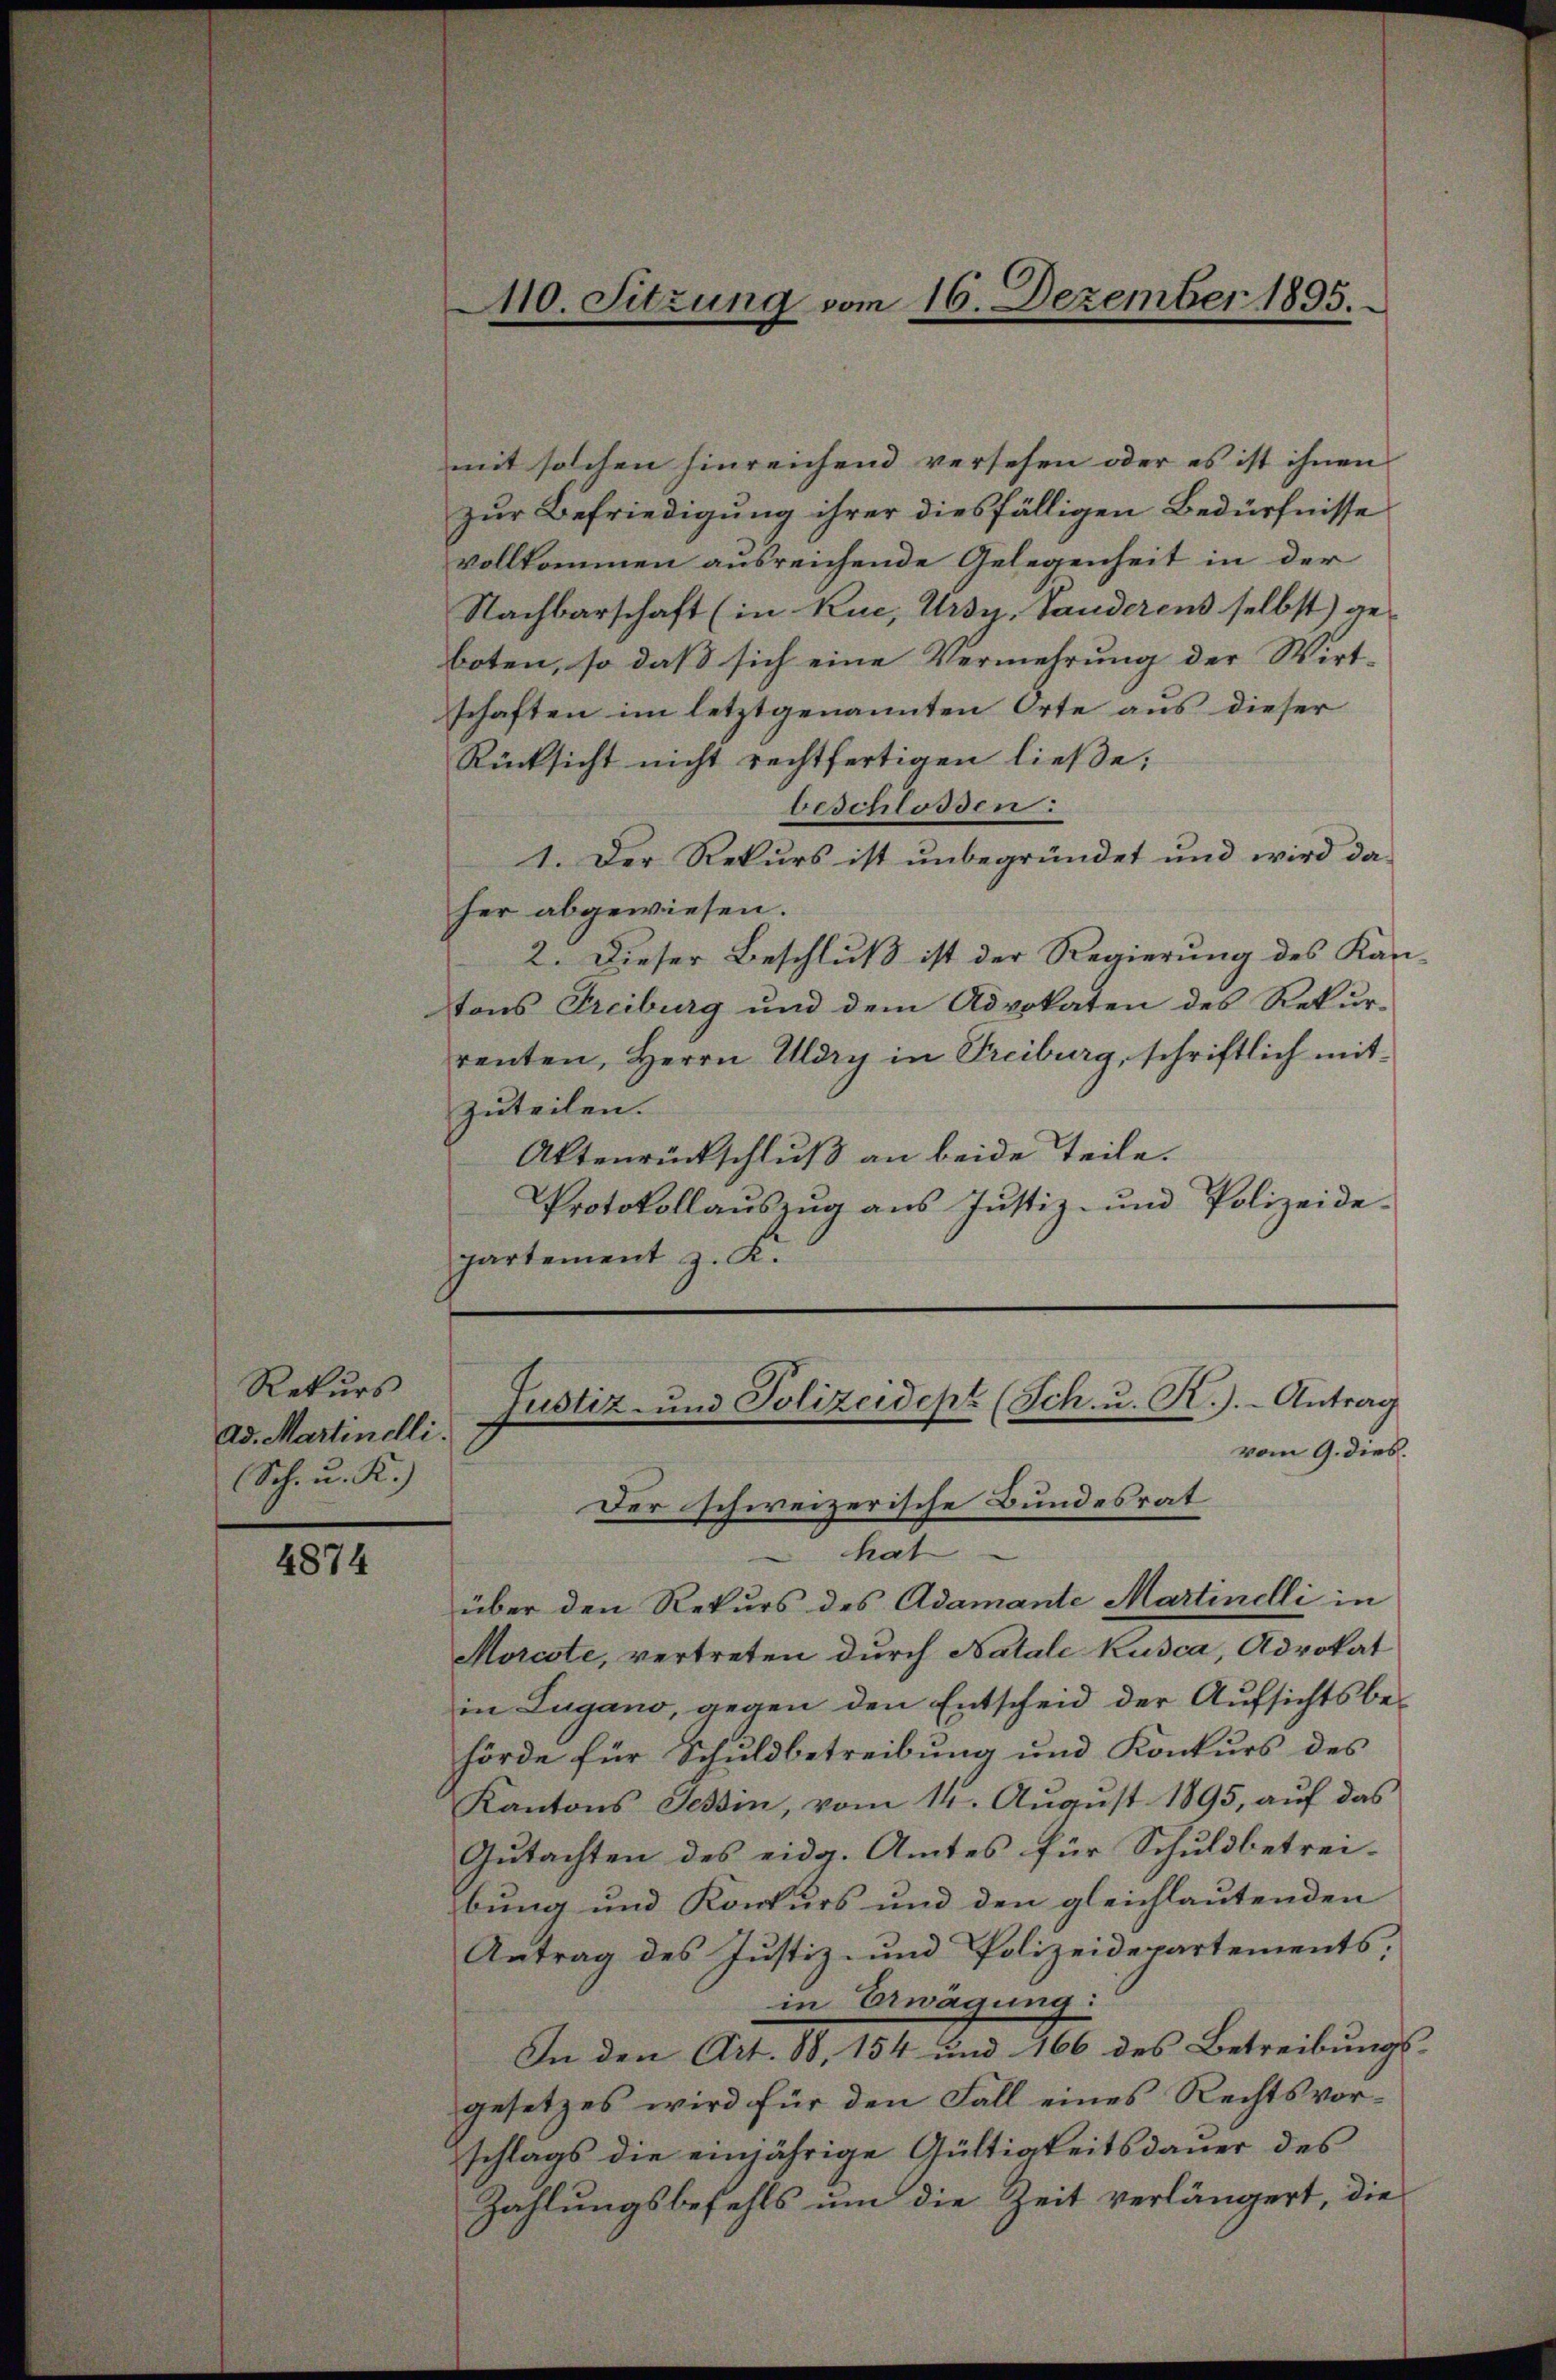
Rekurs
Ad. Martinelli.
Sch. u. K.

4874

40. Sitzung vom 16. Dezember 1895.

mit solchen hinreichend versehen oder es ist ihnen
zur Befriedigung ihrer diesfälligen Bedürfnisse
vollkommen ausreichende Gelegenheit in der
Nachbarschaft (in Kuc, Ursy. Vanderens selbst) geboten, so daß sich eine Vermehrung der Wirt-
schaften im letztgenannten Orte aus dieser
Rücksicht nicht rechtfertigen ließe;
beschlossen:
1. Der Rekurs ist unbegründet und wird da
her abgewiesen.
2. Dieser Beschluß ist der Regierung des Kantons Freiburg und dem Advokaten des Rekurrenten, Herrn Uldry in Treiburg, schriftlich mitzuteilen.
Aktenrückschluß an beide Teile.
Protokollauszug aus Justiz- und Polizeide-
partement z. K.
Justiz- und Polizeidept (Sch. u. R.).- Antrag
vom 9. dies.
Der schweizerische Bundesrat
hat
über den Rekurs des Adamante Martinelli in
Morcste, vertreten durch Natale Kusca, Advokat
in Lugano, gegen den Entscheid der Aufsichtsbehörde für Schuldbetreibung und Konkurs des
Kantons Tessin, vom 14. Aŭgŭst 1895, aŭf das
Gutachten des eidg. Amtes für Schuldbetreibung und Konkurs und den gleichlautenden
Antrag des Justiz- und Polizeidepartements.
in Erwägung:
In den Art. 88, 154 und 166 des Betreibungs-
gesetzes wird für den Fall eines Rechtsvorschlags die einjährige Gültigkeitsdauer des
Zahlungsbefehls um die Zeit verlängert, die